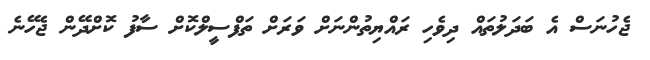
ޖެހުނަސް އެ ބަދަލުތައް ދިވެހި ރައްޔިތުންނަށް ވަރަށް ތަފްސީލްކޮށް ސާފު ކޮށްދޭން ޖެހޭނެ